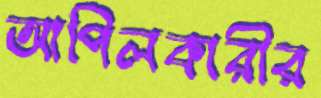
আপিলকারীর